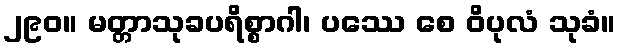
၂၉၀။ မတ္တာသုခပရိစ္စာဂါ၊ ပဿေ စေ ဝိပုလံ သုခံ။